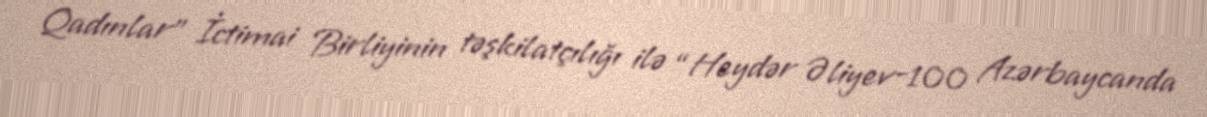
Qadınlar" İctimai Birliyinin təşkilatçılığı ilə “Heydər Əliyev-100 Azərbaycanda